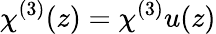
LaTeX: \chi^{(3)}(z)=\chi^{(3)}u(z)